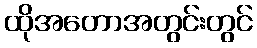
ထိုအတောအတွင်းတွင်